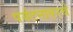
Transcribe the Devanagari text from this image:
पर्यटनावरचे